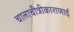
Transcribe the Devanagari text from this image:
चालाचीत्रीकाराणाई